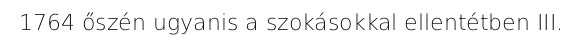
1764 őszén ugyanis a szokásokkal ellentétben III.